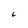
Character: L